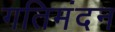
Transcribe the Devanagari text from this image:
गतिमंदन